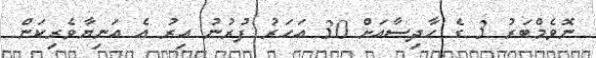
ނޮވެމްބަރު 3 ގެ ހާދިސާއަށް 30 އަހަރު ފުރުނު އިރު އެ އަނިޔާވެރިކަން